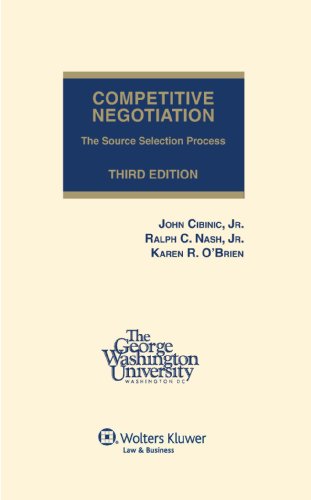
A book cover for Competitive Negotiation: The Source Selection Process, 3rd Edition; Ralph C. Nash Jr.; Law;